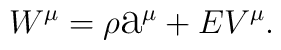
W^{\mu}=\rho\hbox{\Large a}^{\mu}+EV^{\mu}.